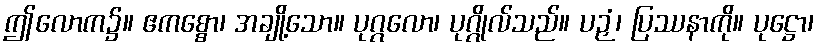
ဤလောက၌။ ဧကစ္စော၊ အချို့သော။ ပုဂ္ဂလော၊ ပုဂ္ဂိုလ်သည်။ ပဉှံ၊ ပြဿနာကို။ ပုဋ္ဌော၊